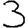
Digit: 3